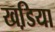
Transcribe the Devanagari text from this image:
खडि़या